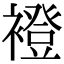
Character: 䙞